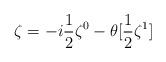
LaTeX: \begin{align*}\zeta=-i\frac{1}{2}\zeta^{0}-\theta[\frac{1}{2}\zeta^{1}]\end{align*}